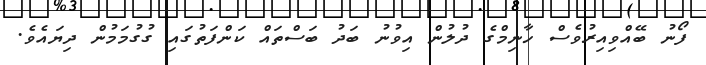
ފޯނު ބޭއްވިއިރުުވެސް ހާނިމްގެ ދުލުން އިވުނު ބަދު ބަސްތައް ކަންފަތުގައި ގުގުމަމުން ދިޔައެވެ.